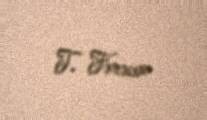
T. Fərəcov